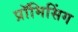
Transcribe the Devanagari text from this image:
प्रॉमिसिंग